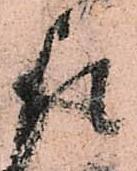
取